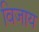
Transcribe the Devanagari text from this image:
विजाय